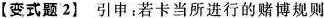
【变式题2】 引申：若卡当所进行的赌博规则